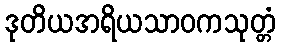
ဒုတိယအရိယသာဝကသုတ္တံ